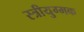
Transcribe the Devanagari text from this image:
स्त्रीयुग्मक